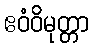
ဧဝံဝိမုတ္တာ